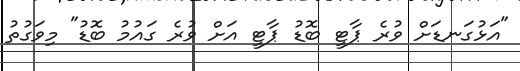
"އަޅުގަނޑަށް ވުރެ ޕާޓީ ބޮޑު ޕާޓީ އަށް ވުރެ ގައުމު ބޮޑު" މިވަގުތު